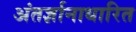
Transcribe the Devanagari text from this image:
अंतर्ज्ञानाधारित